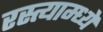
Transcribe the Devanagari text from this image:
रस्त्याम्ध्ये